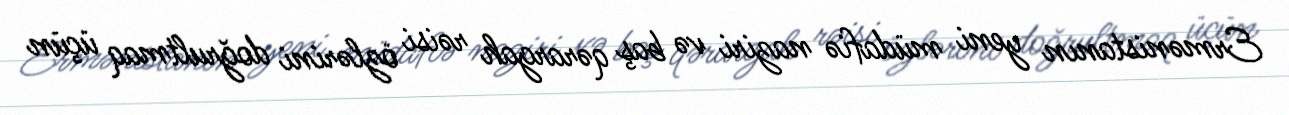
Ermənistanın yeni müdafiə naziri və baş qərargah rəisi özlərini doğrultmaq üçün